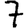
Digit: 7